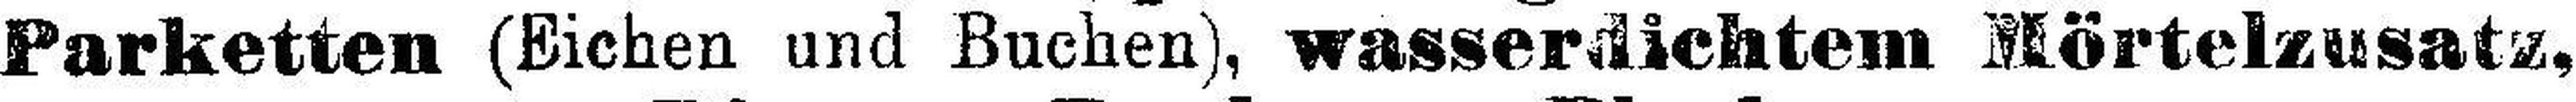
Parketten (Eichen und Buchen), wasserdichtem Mörtelzusatz,